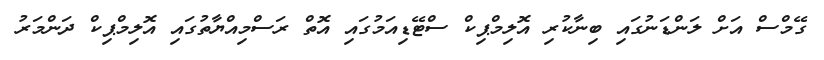
ގޭމްސް އަށް ލަންޑަނުގައި ބިނާކުރި އޮލިމްޕިކް ސްޓޭޑިއަމުގައި އޮތް ރަސްމިއްޔާތުގައި އޮލިމްޕިކް ދަންމަރު